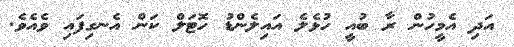
އަދި އެމީހުން ރާ ބުއީ ހުޅެލެ އައިލެންޑު ހޮޓަލް ކަން އެނގިފައި ވެއެވެ.